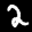
Label: 2